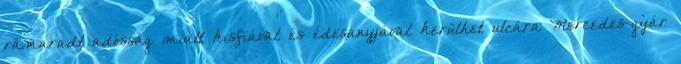
rámaradt adósság miatt kisfiával és édesanyjával kerülhet utcára Mercedes-gyár